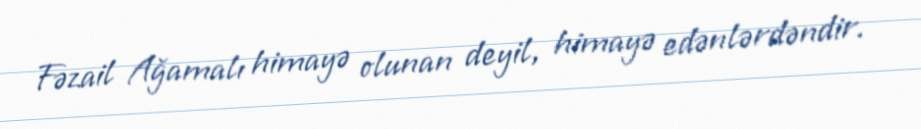
Fəzail Ağamalı himayə olunan deyil, himayə edənlərdəndir.